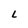
Character: L